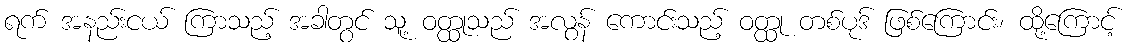
ရက် အနည်းငယ် ကြာသည့် အခါတွင် သူ့ ဝတ္ထုသည် အလွန် ကောင်းသည့် ဝတ္ထု တစ်ပုဒ် ဖြစ်ကြောင်း၊ ထို့ကြောင့်